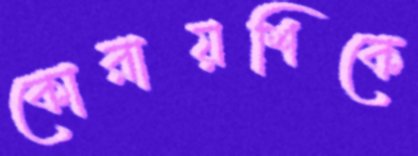
কোরায়শিকে